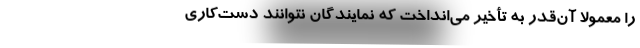
را معمولاً آن‌قدر به تأخیر می‌انداخت که نمایندگان نتوانند دست‌کاری